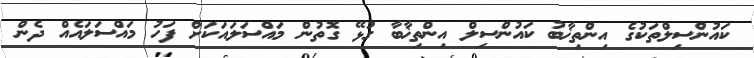
ކައުންސިލްތަކުގެ އިންތިޚާބު ކައުންސިލް އިންތިޚާބާ ގުޅޭ ގޮތުން މައްސަލައަކަށް ފަހު މައްސަލައެއް ދެން